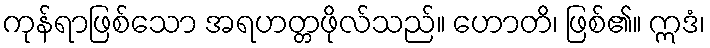
ကုန်ရာဖြစ်သော အရဟတ္တဖိုလ်သည်။ ဟောတိ၊ ဖြစ်၏။ ဣဒံ၊